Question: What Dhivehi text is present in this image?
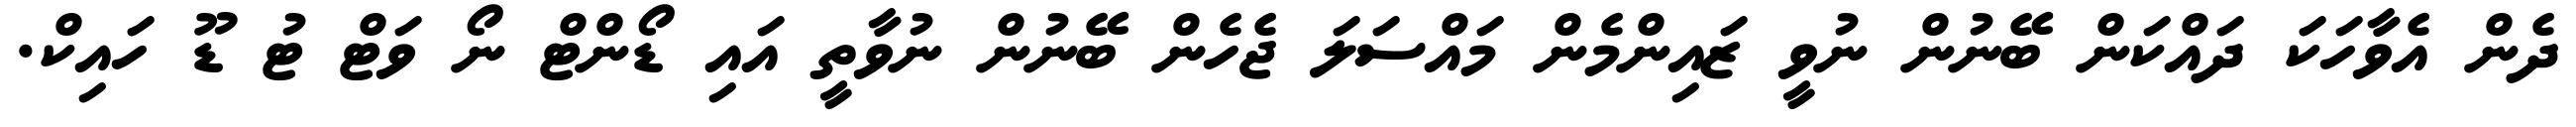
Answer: ދެން އެވާހަކަ ދައްކަން ބޭނުން ނުވީ ޒައިންމެން މައްސަލަ ޖެހެން ބޭނުން ނުވާތީ އައި ޑޯންޓް ނޯ ވަޓް ޓު ޑޫ ހައިކް.